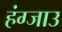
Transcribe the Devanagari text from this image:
हंग्जाउ